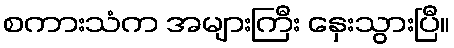
စကားသံက အများကြီး နှေးသွားပြီ။